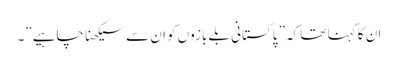
ان کا کہنا تھا کہ” پاکستانی بلے بازوں کو ان سے سیکھنا چاہیے”۔